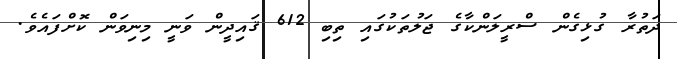
ދަތުރާ ގުޅިގެން ސްރީލަންކާގެ ޖަލުތަކުގައި ތިބި 612 ޤައިދީން ވަނީ މިނިވަން ކޮށްފައެވެ.